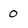
Character: 0